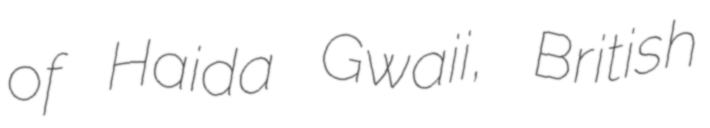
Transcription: of Haida Gwaii, British